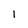
Character: 1